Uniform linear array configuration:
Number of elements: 8
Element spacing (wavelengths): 1
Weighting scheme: cosine
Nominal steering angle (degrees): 15
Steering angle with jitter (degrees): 16.014
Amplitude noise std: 0.05
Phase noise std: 0.05

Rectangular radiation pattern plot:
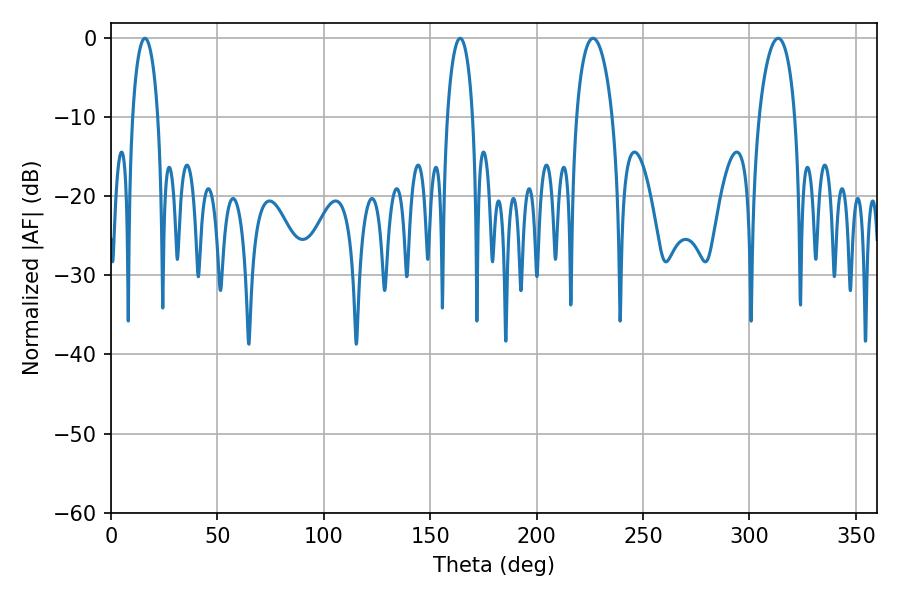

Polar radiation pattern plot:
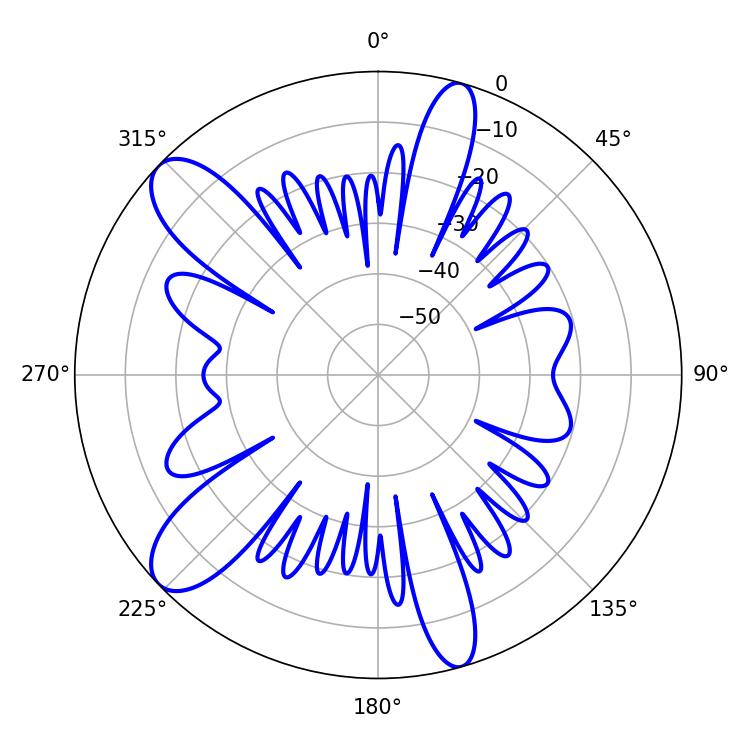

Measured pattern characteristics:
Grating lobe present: TRUE
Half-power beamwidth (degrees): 9.54
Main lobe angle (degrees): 226.44